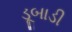
ડૂબાડી